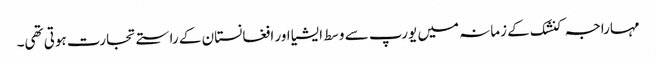
مہاراجہ کنشک کے زمانہ میں یورپ سے وسط ایشیا اور افغانستان کے راستے تجارت ہوتی تھی۔